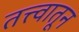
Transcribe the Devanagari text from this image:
तत्त्वातून